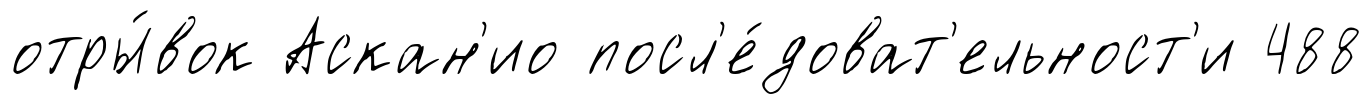
отры́вок Аскан'ио посл'е́доват'ельност'и 488